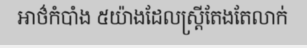
អាថ៌កំបាំង ៥យ៉ាងដែលស្ត្រីតែងតែលាក់